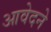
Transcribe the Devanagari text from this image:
आवेदने